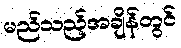
မည်သည့်အချိန်တွင်